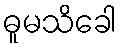
ဓူမသိခေါ